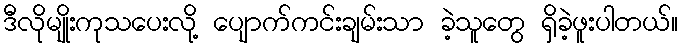
ဒီလိုမျိုးကုသပေးလို့ ပျောက်ကင်းချမ်းသာ ခဲ့သူတွေ ရှိခဲ့ဖူးပါတယ်။